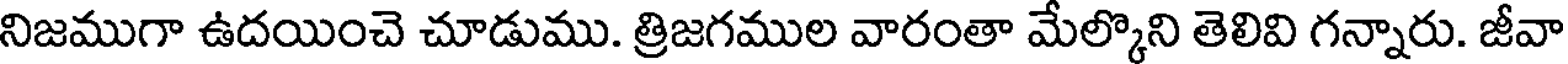
నిజముగా ఉదయించె చూడుము. త్రిజగముల వారంతా మేల్కొని తెలివి గన్నారు. జీవా